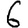
Digit: 6